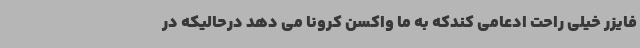
فایزر خیلی راحت ادعامی کندکه به ما واکسن کرونا می دهد درحالیکه در